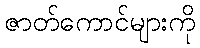
ဇာတ်ကောင်များကို